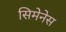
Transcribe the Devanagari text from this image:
सिमेनेस